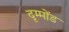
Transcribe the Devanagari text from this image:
दृम्मोंड